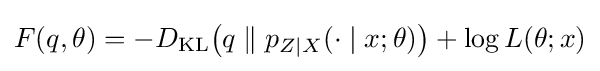
F(q,\theta )=-D_{\mathrm {KL} }{\big (}q\parallel p_{Z\mid X}(\cdot \mid x;\theta ){\big )}+\log L(\theta ;x)